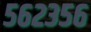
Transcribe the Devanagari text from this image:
५६२३५६